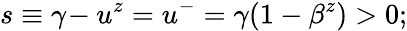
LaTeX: s\equiv\gamma\! -u^{z}=u^{-}=\gamma(1-\beta^{z})>0;